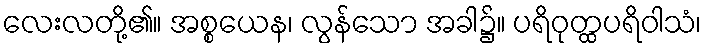
လေးလတို့၏။ အစ္စယေန၊ လွန်သော အခါ၌။ ပရိဝုတ္ထပရိဝါသံ၊